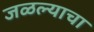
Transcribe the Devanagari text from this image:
जळल्याचा